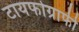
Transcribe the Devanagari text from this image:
टायफोग्राफी